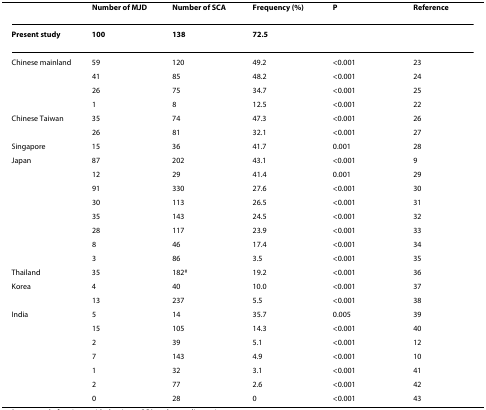
<table><thead><tr><td></td><td><b>Number of MJD</b></td><td><b>Number of SCA</b></td><td><b>Frequency (%)</b></td><td><b>P</b></td><td><b>Reference</b></td></tr></thead><tbody><tr><td><b>Present study</b></td><td><b>100</b></td><td><b>138</b></td><td><b>72.5</b></td><td></td><td></td></tr><tr><td>Chinese mainland</td><td>59</td><td>120</td><td>49.2</td><td>&lt;0.001</td><td>23</td></tr><tr><td></td><td>41</td><td>85</td><td>48.2</td><td>&lt;0.001</td><td>24</td></tr><tr><td></td><td>26</td><td>75</td><td>34.7</td><td>&lt;0.001</td><td>25</td></tr><tr><td></td><td>1</td><td>8</td><td>12.5</td><td>&lt;0.001</td><td>22</td></tr><tr><td>Chinese Taiwan</td><td>35</td><td>74</td><td>47.3</td><td>&lt;0.001</td><td>26</td></tr><tr><td></td><td>26</td><td>81</td><td>32.1</td><td>&lt;0.001</td><td>27</td></tr><tr><td>Singapore</td><td>15</td><td>36</td><td>41.7</td><td>0.001</td><td>28</td></tr><tr><td>Japan</td><td>87</td><td>202</td><td>43.1</td><td>&lt;0.001</td><td>9</td></tr><tr><td></td><td>12</td><td>29</td><td>41.4</td><td>0.001</td><td>29</td></tr><tr><td></td><td>91</td><td>330</td><td>27.6</td><td>&lt;0.001</td><td>30</td></tr><tr><td></td><td>30</td><td>113</td><td>26.5</td><td>&lt;0.001</td><td>31</td></tr><tr><td></td><td>35</td><td>143</td><td>24.5</td><td>&lt;0.001</td><td>32</td></tr><tr><td></td><td>28</td><td>117</td><td>23.9</td><td>&lt;0.001</td><td>33</td></tr><tr><td></td><td>8</td><td>46</td><td>17.4</td><td>&lt;0.001</td><td>34</td></tr><tr><td></td><td>3</td><td>86</td><td>3.5</td><td>&lt;0.001</td><td>35</td></tr><tr><td>Thailand</td><td>35</td><td>182<sup>#</sup></td><td>19.2</td><td>&lt;0.001</td><td>36</td></tr><tr><td>Korea</td><td>4</td><td>40</td><td>10.0</td><td>&lt;0.001</td><td>37</td></tr><tr><td></td><td>13</td><td>237</td><td>5.5</td><td>&lt;0.001</td><td>38</td></tr><tr><td>India</td><td>5</td><td>14</td><td>35.7</td><td>0.005</td><td>39</td></tr><tr><td></td><td>15</td><td>105</td><td>14.3</td><td>&lt;0.001</td><td>40</td></tr><tr><td></td><td>2</td><td>39</td><td>5.1</td><td>&lt;0.001</td><td>12</td></tr><tr><td></td><td>7</td><td>143</td><td>4.9</td><td>&lt;0.001</td><td>10</td></tr><tr><td></td><td>1</td><td>32</td><td>3.1</td><td>&lt;0.001</td><td>41</td></tr><tr><td></td><td>2</td><td>77</td><td>2.6</td><td>&lt;0.001</td><td>42</td></tr><tr><td></td><td>0</td><td>28</td><td>0</td><td>&lt;0.001</td><td>43</td></tr></tbody></table>